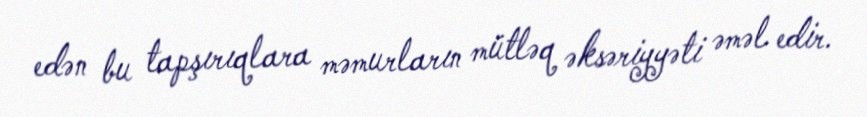
edən bu tapşırıqlara məmurların mütləq əksəriyyəti əməl edir.